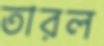
তারল